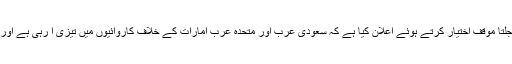
یمن آرمی کے ترجمان یحیی سریع نے بھی ملتا جلتا موقف اختیار کرتے ہوئے اعلان کیا ہے کہ سعودی عرب اور متحدہ عرب امارات کے خلاف کاروائیوں میں تیزی آ رہی ہے اور ہم کم از کم 300 اہم نکات کو نشانہ بنائیں گے۔